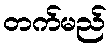
တက်မည်